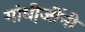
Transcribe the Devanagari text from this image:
गांधी़जींनी